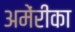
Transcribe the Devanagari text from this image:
अमेंरीका